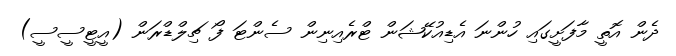
ދެން އޮތީ މާފަށީގައި ހުންނަ އެޑިއުކޭޝަން ޓްރެއިނިން ސެންޓަ ފޯ ޗިލްޑްރަން (އީޓީސީސީ)